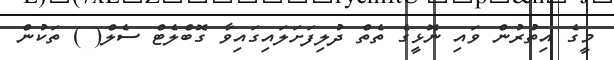
މީގެ އިތުރުން ވައި ނޮޅީގެ ތެތް ދުލިފަށަލައިގައިވާ ގޮބްލެޓް ސެލް( ) ތަކުން